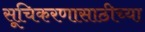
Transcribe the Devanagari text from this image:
सूचिकरणासाठीच्या